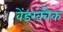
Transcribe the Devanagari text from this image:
वेंडरक्वैक